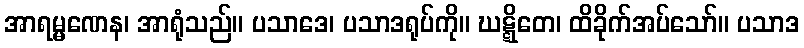
အာရမ္မဏေန၊ အာရုံသည်။ ပသာဒေ၊ ပသာဒရုပ်ကို။ ဃဋ္ဋိတေ၊ ထိခိုက်အပ်သော်။ ပသာဒ